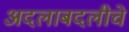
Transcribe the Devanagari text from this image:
अदलाबदलीचे